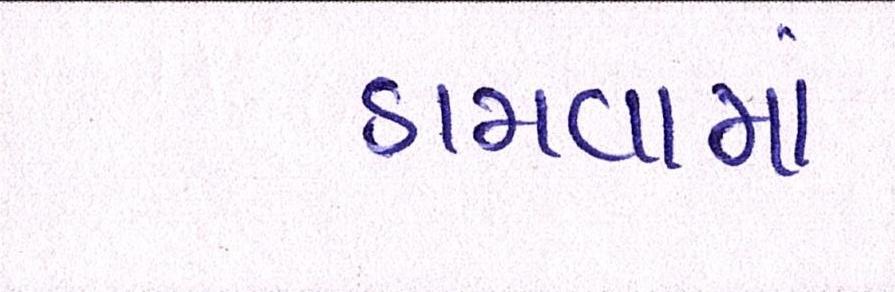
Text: ડામવામાં